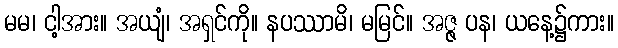
မမ၊ ငါ့အား။ အယျံ၊ အရှင်ကို။ နပဿာမိ၊ မမြင်။ အဇ္ဇ ပန၊ ယနေ့၌ကား။